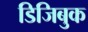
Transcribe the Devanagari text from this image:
डिजिबुक